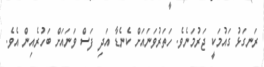
ރަނގަޅު ގައުމަކީ ޖަރުމަނެވެ. ހަތަރުވަނައަށް ކެނެޑާ އަދި ފަސް ވަނައަށް ބަހުރެއިން އެވެ.